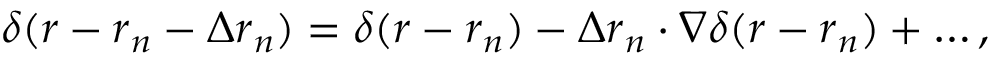
\delta ( \boldsymbol { r } - \boldsymbol { r } _ { n } - \Delta \boldsymbol { r } _ { n } ) = \delta ( \boldsymbol { r } - \boldsymbol { r } _ { n } ) - \Delta \boldsymbol { r } _ { n } \cdot \nabla \delta ( \boldsymbol { r } - \boldsymbol { r } _ { n } ) + \ldots ,